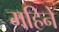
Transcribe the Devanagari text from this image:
महिनेे